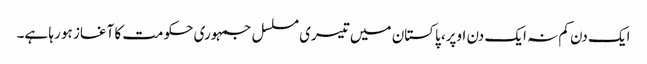
ایک دن کم نہ ایک دن اوپر، پاکستان میں تیسری مسلسل جمہوری حکومت کا آغاز ہو رہا ہے۔